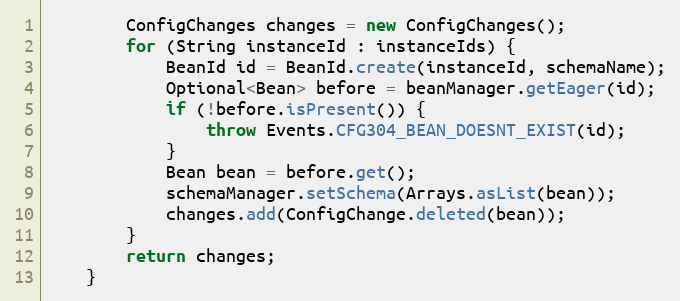
Language: Java
        ConfigChanges changes = new ConfigChanges();
        for (String instanceId : instanceIds) {
            BeanId id = BeanId.create(instanceId, schemaName);
            Optional<Bean> before = beanManager.getEager(id);
            if (!before.isPresent()) {
                throw Events.CFG304_BEAN_DOESNT_EXIST(id);
            }
            Bean bean = before.get();
            schemaManager.setSchema(Arrays.asList(bean));
            changes.add(ConfigChange.deleted(bean));
        }
        return changes;
    }